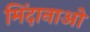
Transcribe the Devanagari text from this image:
मिंदानाओ